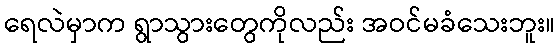
ရေလဲမှာက ရွာသွားတွေကိုလည်း အဝင်မခံသေးဘူး။